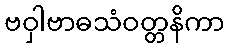
ဗဝှါဗာဓသံဝတ္တနိကာ